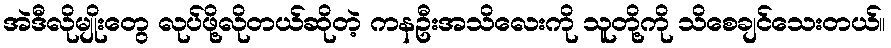
အဲဒီလိုမျိုးတွေ လုပ်ဖို့လိုတယ်ဆိုတဲ့ ကနဦးအသိလေးကို သူတို့ကို သိစေချင်သေးတယ်။